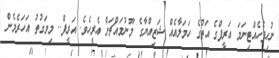
ނުހިފެހެއްޓިނަމަ އަރީފްގެ އަތުގެ ހަމަލާއެއް ޝަޒިއްޔާގެ މޫނުމައްޗަށް އެރީހެވެ. އަރީފް.. މިވަގުތު އަހަރެމެން